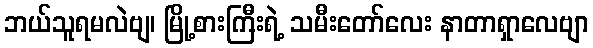
ဘယ်သူရမလဲဗျ၊ မြို့စားကြီးရဲ့ သမီးတော်လေး နာတာရှာလေဗျာ